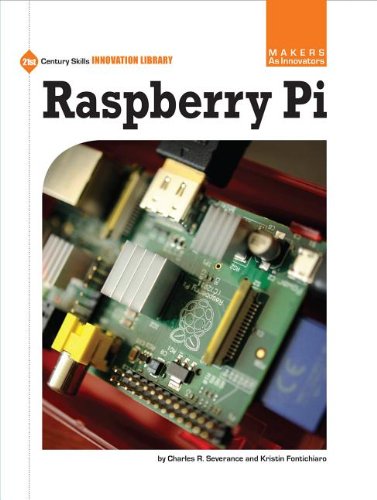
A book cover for Raspberry Pi (21st Century Skills Innovation Library: Makers As Innovators); Charles R. Severance; Children's Books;